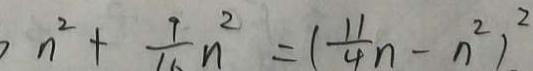
n ^ { 2 } + \frac { 9 } { 1 6 } n ^ { 2 } = ( \frac { 1 1 } { 4 } n - n ^ { 2 } ) ^ { 2 }